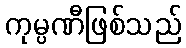
ကုမ္ပဏီဖြစ်သည်